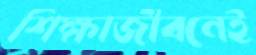
শিক্ষাজীবনেই